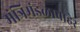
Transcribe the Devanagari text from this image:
मंत्रिमंडळाबाहेर